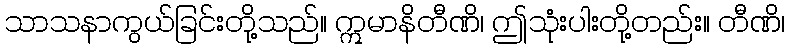
သာသနာကွယ်ခြင်းတို့သည်။ ဣမာနိတီဏိ၊ ဤသုံးပါးတို့တည်း။ တီဏိ၊